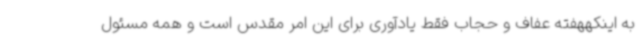
به اینکههفته عفاف و حجاب فقط یادآوری برای این امر مقدس است و همه مسئول